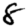
Digit: 8